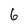
Character: 6